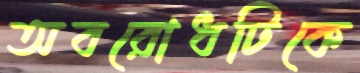
অবরোধটিকে